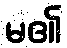
မ၏